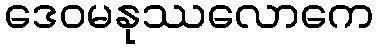
ဒေဝမနုဿလောကေ